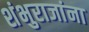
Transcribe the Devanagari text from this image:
शंभुराजांना